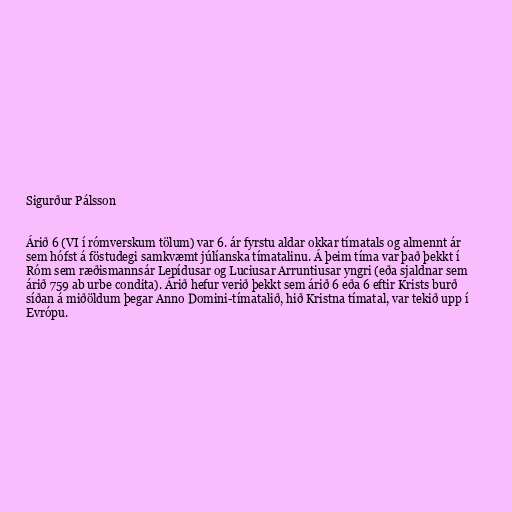
Sigurður Pálsson

Árið 6 (VI í rómverskum tölum) var 6. ár fyrstu aldar okkar tímatals og almennt ár
sem hófst á föstudegi samkvæmt júlíanska tímatalinu. Á þeim tíma var það þekkt í
Róm sem ræðismannsár Lepídusar og Luciusar Arruntiusar yngri (eða sjaldnar sem
árið 759 ab urbe condita). Árið hefur verið þekkt sem árið 6 eða 6 eftir Krists burð
síðan á miðöldum þegar Anno Domini-tímatalið, hið Kristna tímatal, var tekið upp í
Evrópu.